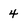
Character: 4